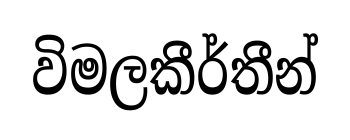
විමලකීර්තීන්